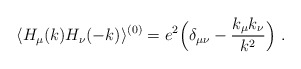
\begin{align*}\langle H_\mu (k) H_\nu (-k)\rangle ^{(0)}= e^2\Bigl(\delta_{\mu\nu} - {k_\mu k_\nu \over k^2} \Bigr) \ .\end{align*}